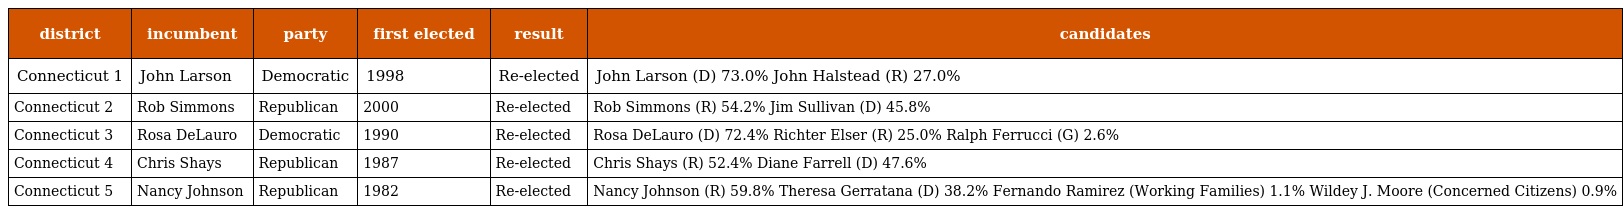
| district | incumbent | party | first elected | result | candidates |
 | --- | --- | --- | --- | --- | --- |
 | Connecticut 1 | John Larson | Democratic | 1998 | Re-elected | John Larson (D) 73.0% John Halstead (R) 27.0% |
 | Connecticut 2 | Rob Simmons | Republican | 2000 | Re-elected | Rob Simmons (R) 54.2% Jim Sullivan (D) 45.8% |
 | Connecticut 3 | Rosa DeLauro | Democratic | 1990 | Re-elected | Rosa DeLauro (D) 72.4% Richter Elser (R) 25.0% Ralph Ferrucci (G) 2.6% |
 | Connecticut 4 | Chris Shays | Republican | 1987 | Re-elected | Chris Shays (R) 52.4% Diane Farrell (D) 47.6% |
 | Connecticut 5 | Nancy Johnson | Republican | 1982 | Re-elected | Nancy Johnson (R) 59.8% Theresa Gerratana (D) 38.2% Fernando Ramirez (Working Families) 1.1% Wildey J. Moore (Concerned Citizens) 0.9% |